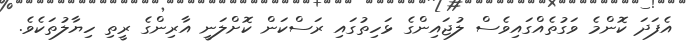
އެފަދަ ކޮންމެ ވަގުތެއްގައިވެސް ލުޖައިންގެ ޅަހިތުގައި ރަސްކަން ކޮށްލަނީ އާރިންގެ ރީތި ހިޔާލުތަކެވެ.